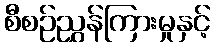
စီစဉ်ညွှန်ကြားမှုနှင့်